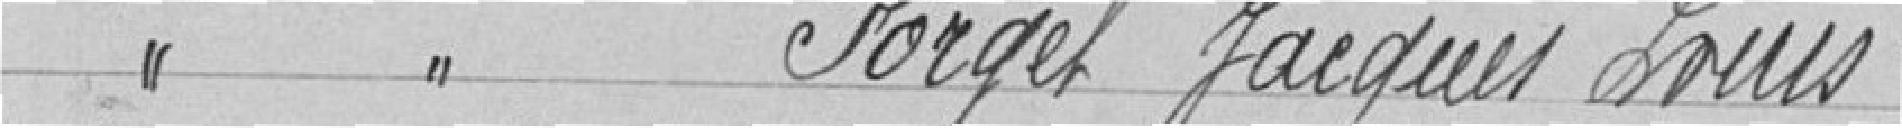
Classe 1926 FORGET Jacques Louis